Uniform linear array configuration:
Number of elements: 32
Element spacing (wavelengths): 0.75
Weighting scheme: binomial
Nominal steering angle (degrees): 60
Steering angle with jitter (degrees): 59.018
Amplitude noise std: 0.05
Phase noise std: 0.05

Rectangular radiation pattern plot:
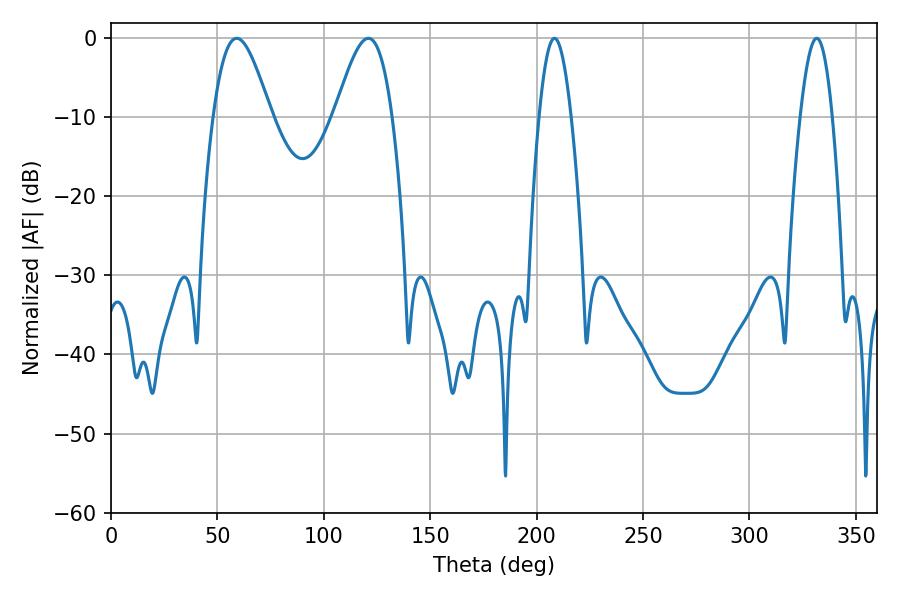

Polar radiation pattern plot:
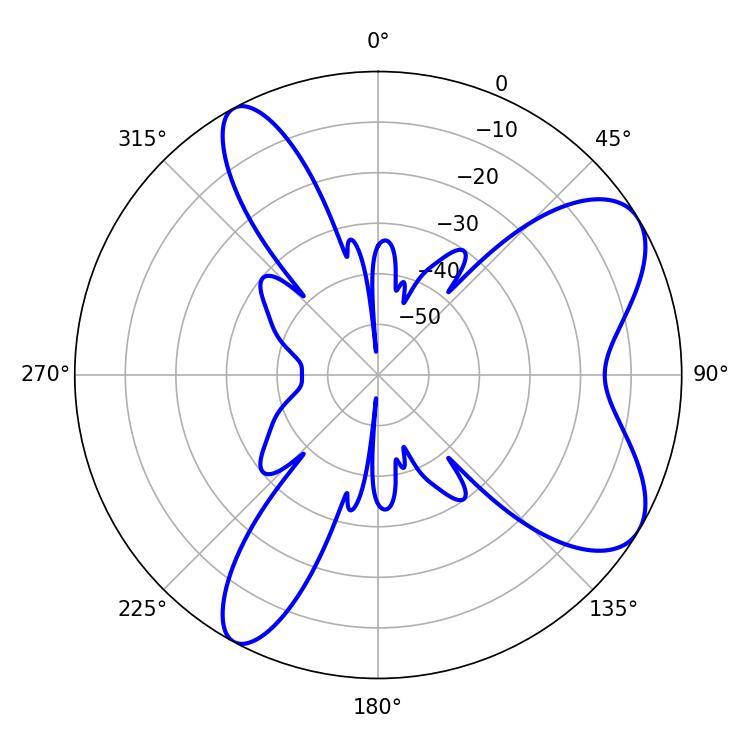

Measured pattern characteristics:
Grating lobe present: TRUE
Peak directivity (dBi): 7.601
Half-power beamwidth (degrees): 14.58
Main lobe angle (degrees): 59.04